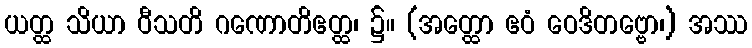
ယတ္ထ သိယာ ဝီသတိ ဂဏောတိဧတ္ထ၊ ၌။ (အတ္ထော ဧဝံ ဝေဒိတဗ္ဗော၊) အဿ